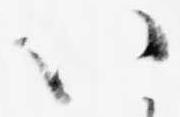
八